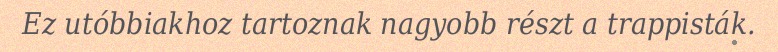
Ez utóbbiakhoz tartoznak nagyobb részt a trappisták.